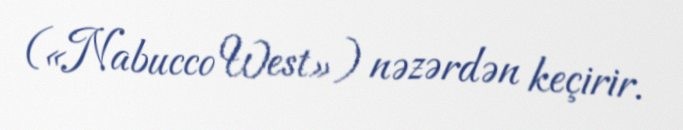
(«Nabucco West») nəzərdən keçirir.